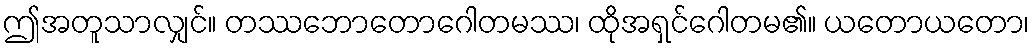
ဤအတူသာလျှင်။ တဿဘောတောဂေါတမဿ၊ ထိုအရှင်ဂေါတမ၏။ ယတောယတော၊